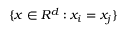
\{ x \in R ^ { d } : x _ { i } = x _ { j } \}